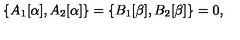
\{ A _ { 1 } [ \alpha ] , A _ { 2 } [ \alpha ] \} = \{ B _ { 1 } [ \beta ] , B _ { 2 } [ \beta ] \} = 0 ,